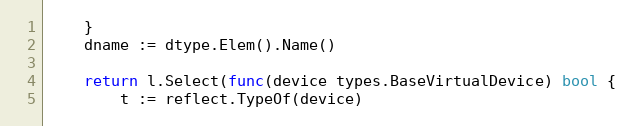
Language: Go
	}
	dname := dtype.Elem().Name()

	return l.Select(func(device types.BaseVirtualDevice) bool {
		t := reflect.TypeOf(device)